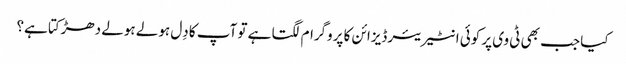
کیا جب بھی ٹی وی پر کوئی انٹیریئر ڈیزائن کا پروگرام لگتا ہے تو آپ کا دِل ہولے ہولے دھڑکتا ہے؟